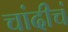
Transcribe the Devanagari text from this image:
चांदीचं